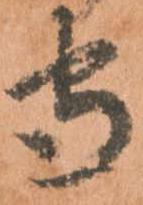
守